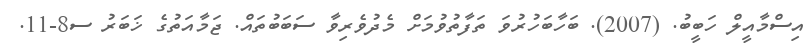
އިސްމާއީލް ހަބީބު. (2007). ބަހާބަހުރުވަ ތަފާތުވުމަށް މެދުވެރިވާ ސަބަބުތައް. ޖަމާއަތުގެ ޚަބަރު ސ8-11.